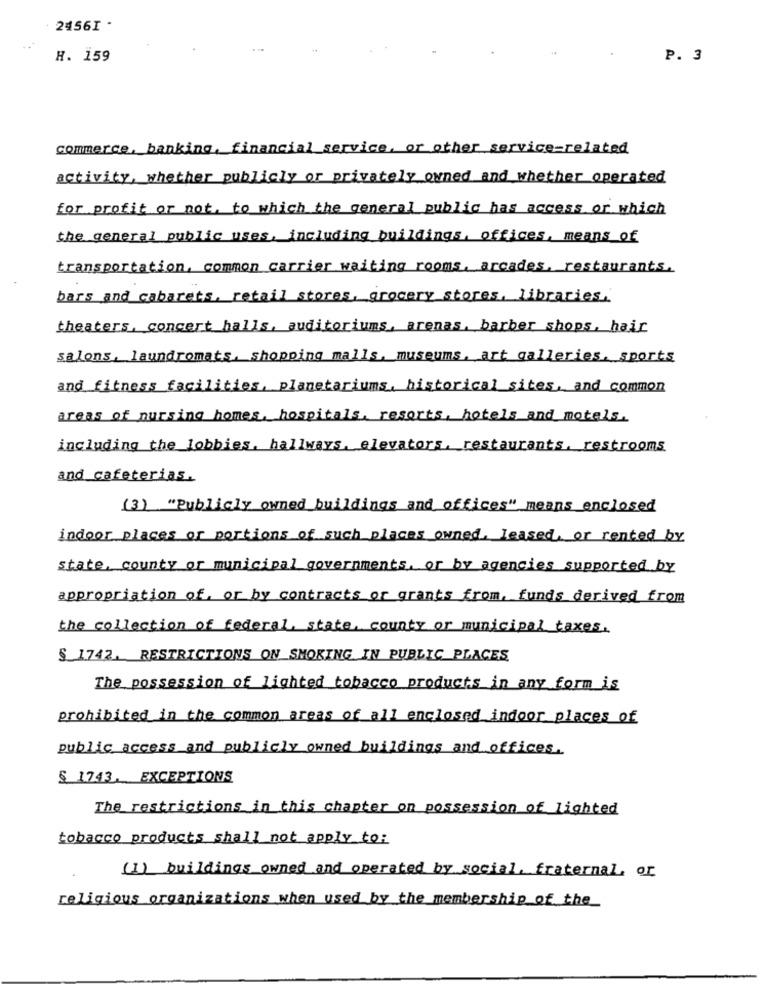
2456I -
H. 159
P. 3
commerce, banking, financial service, or other service-related
activity, whether publicly or privately owned and whether operated
for profit or not, to which the general public has access or which
the general public uses, including buildings, offices, means of
transportation, common carrier waiting rooms, arcades, restaurants.
bars and cabarets, retail stores, grocery stores, libraries.
theaters, concert halls, auditoriums, arenas, barber shops, hair
salons, laundromats, shopping malls, museums, art galleries, sports
and fitness facilities, planetariums, historical sites, and common
areas of nursing homes, hospitals, resorts, hotels and motels.
including the lobbies, hallways, elevators, restaurants, restrooms
and cafeterias.
(3) "Publicly owned buildings and offices" means enclosed
indoor places or portions of such places owned, leased, or rented by
state, county or municipal governments, or by agencies supported by
appropriation of, or by contracts or grants from, funds derived from
the collection of federal, state, county or municipal taxes.
$ 1742. RESTRICTIONS ON SMOKING IN PUBLIC PLACES
The possession of lighted tobacco products in any form is
prohibited in the common areas of all enclosed indoor places of
public access and publicly owned buildings and offices.
$ 1743. EXCEPTIONS
The restrictions in this chapter on possession of lighted
tobacco products shall not apply to:
(I) buildings owned and operated by social, fraternal, or
religious organizations when used by the membership of the